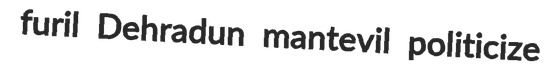
furil Dehradun mantevil politicize